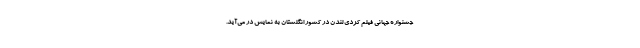
جشنواره جهانی فيلم کُردی لندن در کشور انگلستان به نمایش در می‌آید.